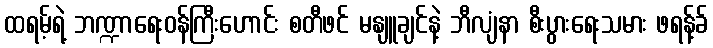
ထရမ့်ရဲ့ ဘဏ္ဍာရေးဝန်ကြီးဟောင်း စတီဖင် မနျူချင်နဲ့ ဘီလျံနာ စီးပွားရေးသမား ဖရန့်ခ်